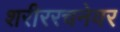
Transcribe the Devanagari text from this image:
शरीररचनेवर